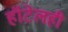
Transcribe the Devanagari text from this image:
हॉटेलही